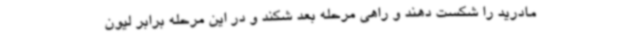
مادرید را شکست دهند و راهی مرحله بعد شکند و در این مرحله برابر لیون